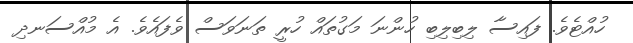
ހުއްޓެވެ. ފައިސާ ލިބިލިބި ހުންނަ މަގުތައް ހުރީ ތަނަވަސް ވެފައެވެ. އެ މުއްސަނދި